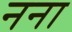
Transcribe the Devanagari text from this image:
नना